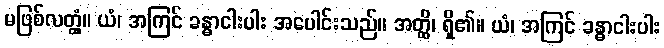
မဖြစ်လတ္တံ့။ ယံ၊ အကြင် ခန္ဓာငါးပါး အပေါင်းသည်။ အတ္ထိ၊ ရှိ၏။ ယံ၊ အကြင် ခန္ဓာငါးပါး